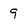
Character: 9